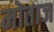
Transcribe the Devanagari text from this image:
मोताज